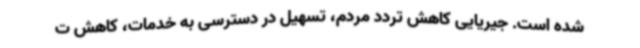
شده است. جیریایی کاهش تردد مردم، تسهیل در دسترسی به خدمات، کاهش ت